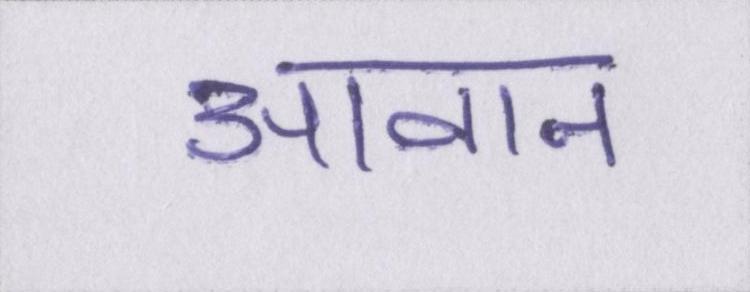
आवान